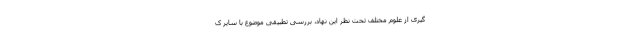
گیری از علوم مختلف تحت نظر این نهاد، بررسی تطبیقی موضوع با سایر ک